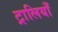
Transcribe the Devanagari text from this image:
ट्रालियाँ